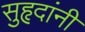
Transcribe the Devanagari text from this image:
सुहृदांनी